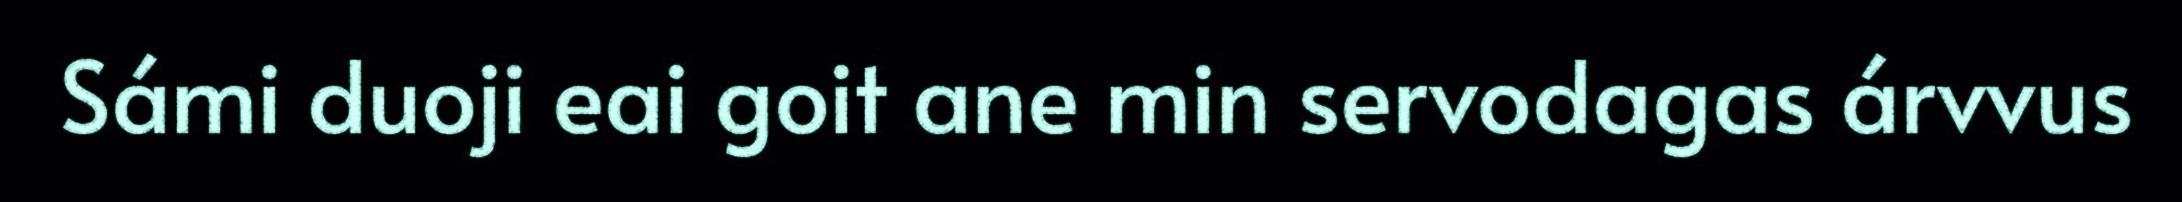
Sámi duoji eai goit ane min servodagas árvvus